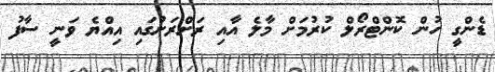
ޑެންގީ ހުން ކޮންޓްރޯލް ކުރުމަށް މާލެ އާއި ރަށްރަށުގައި އިއްޔެ ވަނީ ސާފު